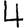
Digit: 4